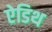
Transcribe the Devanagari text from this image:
ऐडिथ